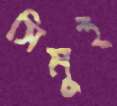
সিমুই